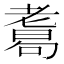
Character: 𦓂